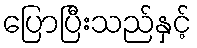
ပြောပြီးသည်နှင့်